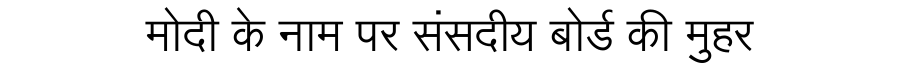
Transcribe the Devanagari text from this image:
मोदी के नाम पर संसदीय बोर्ड की मुहर